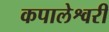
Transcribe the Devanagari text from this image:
कपालेश्वरी